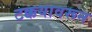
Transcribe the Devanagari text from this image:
टक्कयावरून